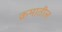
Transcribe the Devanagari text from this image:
क्रमातील